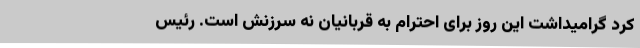
کرد گرامیداشت این روز برای احترام به قربانیان نه سرزنش است. رئیس